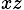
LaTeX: _{xz}